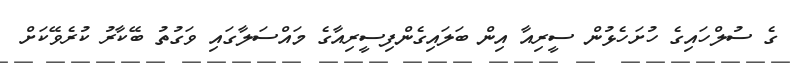
ގެ ސުލްހައިގެ ހުށަހެޅުން ސީރިއާ އިން ބަލައިގެންފިސީރިއާގެ މައްސަލާގައި ވަގުތު ބޭކާރު ކުރެވޭކަށް